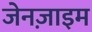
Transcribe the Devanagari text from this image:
जेनज़ाइम